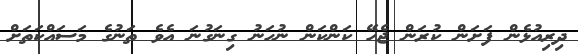
ދިރިއުޅެން ފަށަން ކުރަން ޖެހޭ ކަންކަން ނުހަނު ގިނަގުނަ އެވެ ތަނުގެ މަސައްކަތަށް